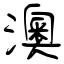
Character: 澳